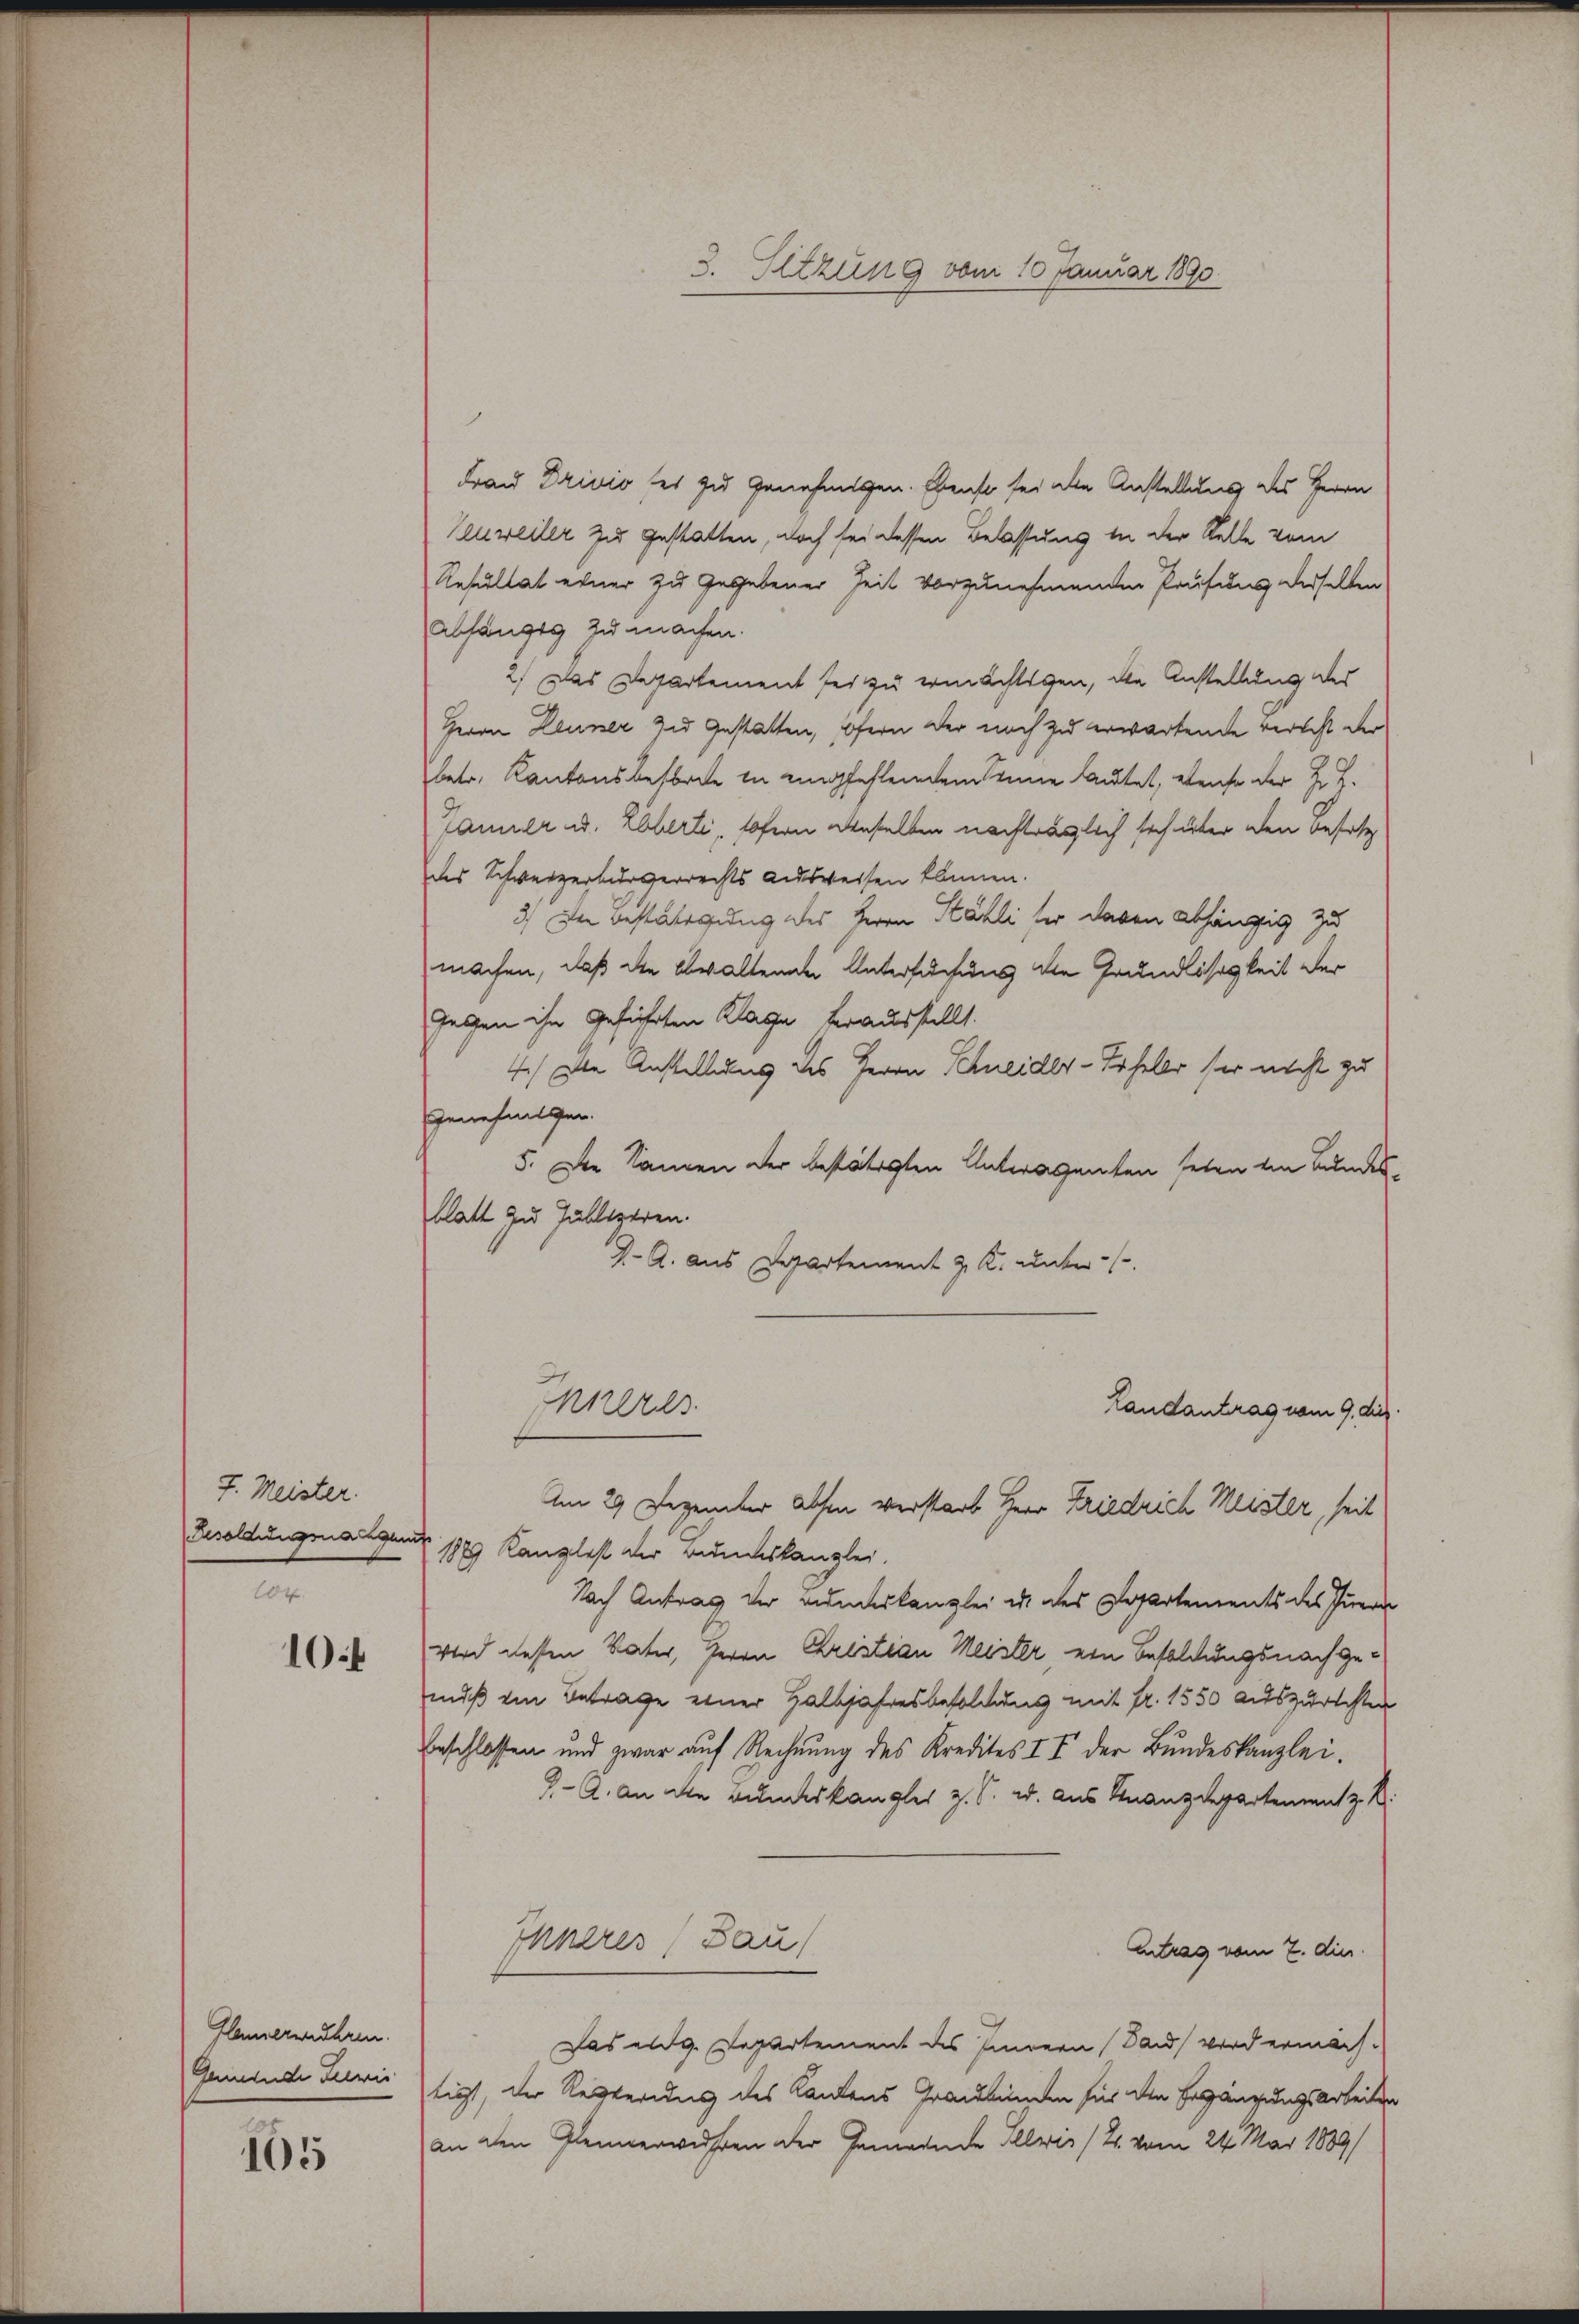
J. Meister.
204
10

105

Frau Drivio sei zu genehmigen. Ebenso sei die Anstellung des Herrn
Zeuweiler zu gestatten, doch sei dessen Belassung in der Stelle vom
Resultat einer zu gegebener Zeit vorzunehmenden Prüfung derselben
Abhängig zu machen.
2.) Das Departement sei zu ermächtigen, die Anstellung des
Herrn Leuner zu Gestatten, sofern der noch zu erwartende verlicht der
betr. Kantonsbestrete in empfehlenden seine lautet, weise der J. H.
Janier u. Elberti, sofern denselben nachträglich sich über den besetz
des Schweizerbürgerrechts ausweisen können.
3) In Bestätigung des Herrn Stähli der davon abhängig zu
machen, daß die obwaltende Untersuchung die Grundlosigkeit der
Gegen ihn geführten Klage herausstellt.
4.) Die Anstellung des Herrn Schneider-Scheler sei nicht zu
Genehmigen.
5. Die Namen der bestätigten Unteragenten seien ein Bundes-
blatt zu Julligeren.
4- A. aus Departement z. K. unter-
Kles
Landantrag vom 9. die
Am 29. Dezember absen verstarb Herr Friedrich Meister, seit
Besoldungsnangende 1889 Kanzlist der Bundeskanzlei.
Nach Antrag der anerkanzlei u. des Departements des Innern
wird dessen Vater, Herrn Christian Meister ein Besoldungsnachgemuß ein Betrage einer Halbjahresbesoldung mit fr. 1550 auszurichten
beschlossen und zwar auf Rechnung des Kredites II der Bundeskanzlei.
J. A. An die Bundeskanzler z. S. u. aus Finanzdepartement z. B.
Ehneres (Bau
Antrag vom 2. die
Das eidg. Departement des Innern Band wird ermäch-
Gemeinde Juristigt, der Regierung des Kantons Graubünden für den Ergänzungsarbeiten
an den Plennerwahren der Gemeinde Illvis (2. vom 24. Mai 1889/

flamerwähren.

3. Setzung vom 10. Januar 1890.